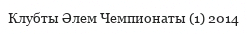
Клубты Әлем Чемпионаты (1) 2014